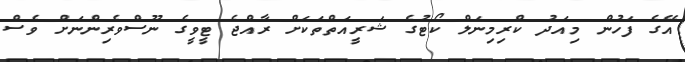
އޭގެ ފަހުން މިއަދު ކްރިމިނަލް ކޯޓުގެ ޝަރީއަތްތަކަށް ރާއްޖެ ޓީވީގެ ނޫސްވެރިންނަށް ވެސް